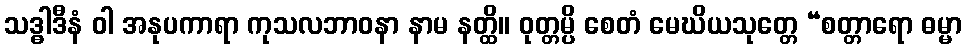
သဒ္ဓါဒီနံ ဝါ အနုပကာရာ ကုသလဘာဝနာ နာမ နတ္ထိ။ ဝုတ္တမ္ပိ စေတံ မေဃိယသုတ္တေ “စတ္တာရော ဓမ္မာ